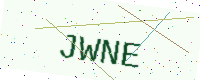
Text: JWNE